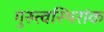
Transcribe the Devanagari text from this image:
गुरुत्वस्थिरांक